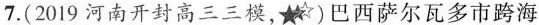
7.(2019 河南开封高三三模，)巴西萨尔瓦多市跨海